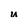
Character: u